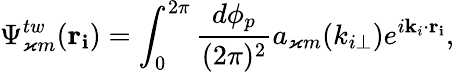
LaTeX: \Psi_{\varkappa m}^{tw}(\mathbf{r_{i}})=\int_{0}^{2\pi}\frac{d\phi_{p}}{(2\pi)^{2}}a_{\varkappa m}(k_{i\bot})e^{i\mathbf{k}_{i}\cdot\mathbf{r_{i}}},